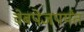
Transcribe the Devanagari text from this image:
वेबपेजपर्यंत